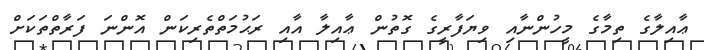
ޢާއިލާގެ ތިމާގެ މީހުންނާއި ވިޔަފާރީގެ ގޮތުން ޢާއިލާ އާއި ރަޙުމަތްތެރިކަން އޮންނަ ފަރާތްތަކަށް